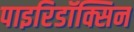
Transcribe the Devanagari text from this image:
पाइरिडॉक्सिन